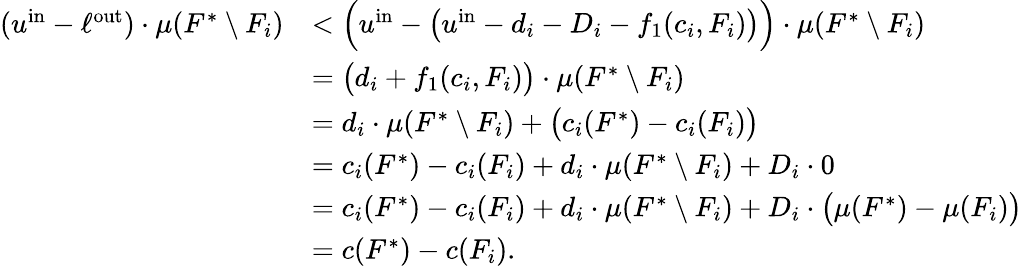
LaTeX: \begin{array}{rl}{(u^{\mathrm{in}}-\ell^{\mathrm{out}})\cdot\mu(F^{*}\setminus F_{i})}&{<\Big(u^{\mathrm{in}}-\big(u^{\mathrm{in}}-d_{i}-D_{i}-f_{1}(c_{i},F_{i})\big)\Big)\cdot\mu(F^{*}\setminus F_{i})}\\ {}&{=\big(d_{i}+f_{1}(c_{i},F_{i})\big)\cdot\mu(F^{*}\setminus F_{i})}\\ {}&{=d_{i}\cdot\mu(F^{*}\setminus F_{i})+\big(c_{i}(F^{*})-c_{i}(F_{i})\big)}\\ {}&{=c_{i}(F^{*})-c_{i}(F_{i})+d_{i}\cdot\mu(F^{*}\setminus F_{i})+D_{i}\cdot 0}\\ {}&{=c_{i}(F^{*})-c_{i}(F_{i})+d_{i}\cdot\mu(F^{*}\setminus F_{i})+D_{i}\cdot\big(\mu(F^{*})-\mu(F_{i})\big)}\\ {}&{=c(F^{*})-c(F_{i}).}\end{array}